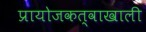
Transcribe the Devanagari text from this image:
प्रायोजकत्वाखाली